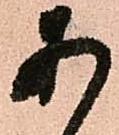
あ